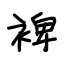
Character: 裨